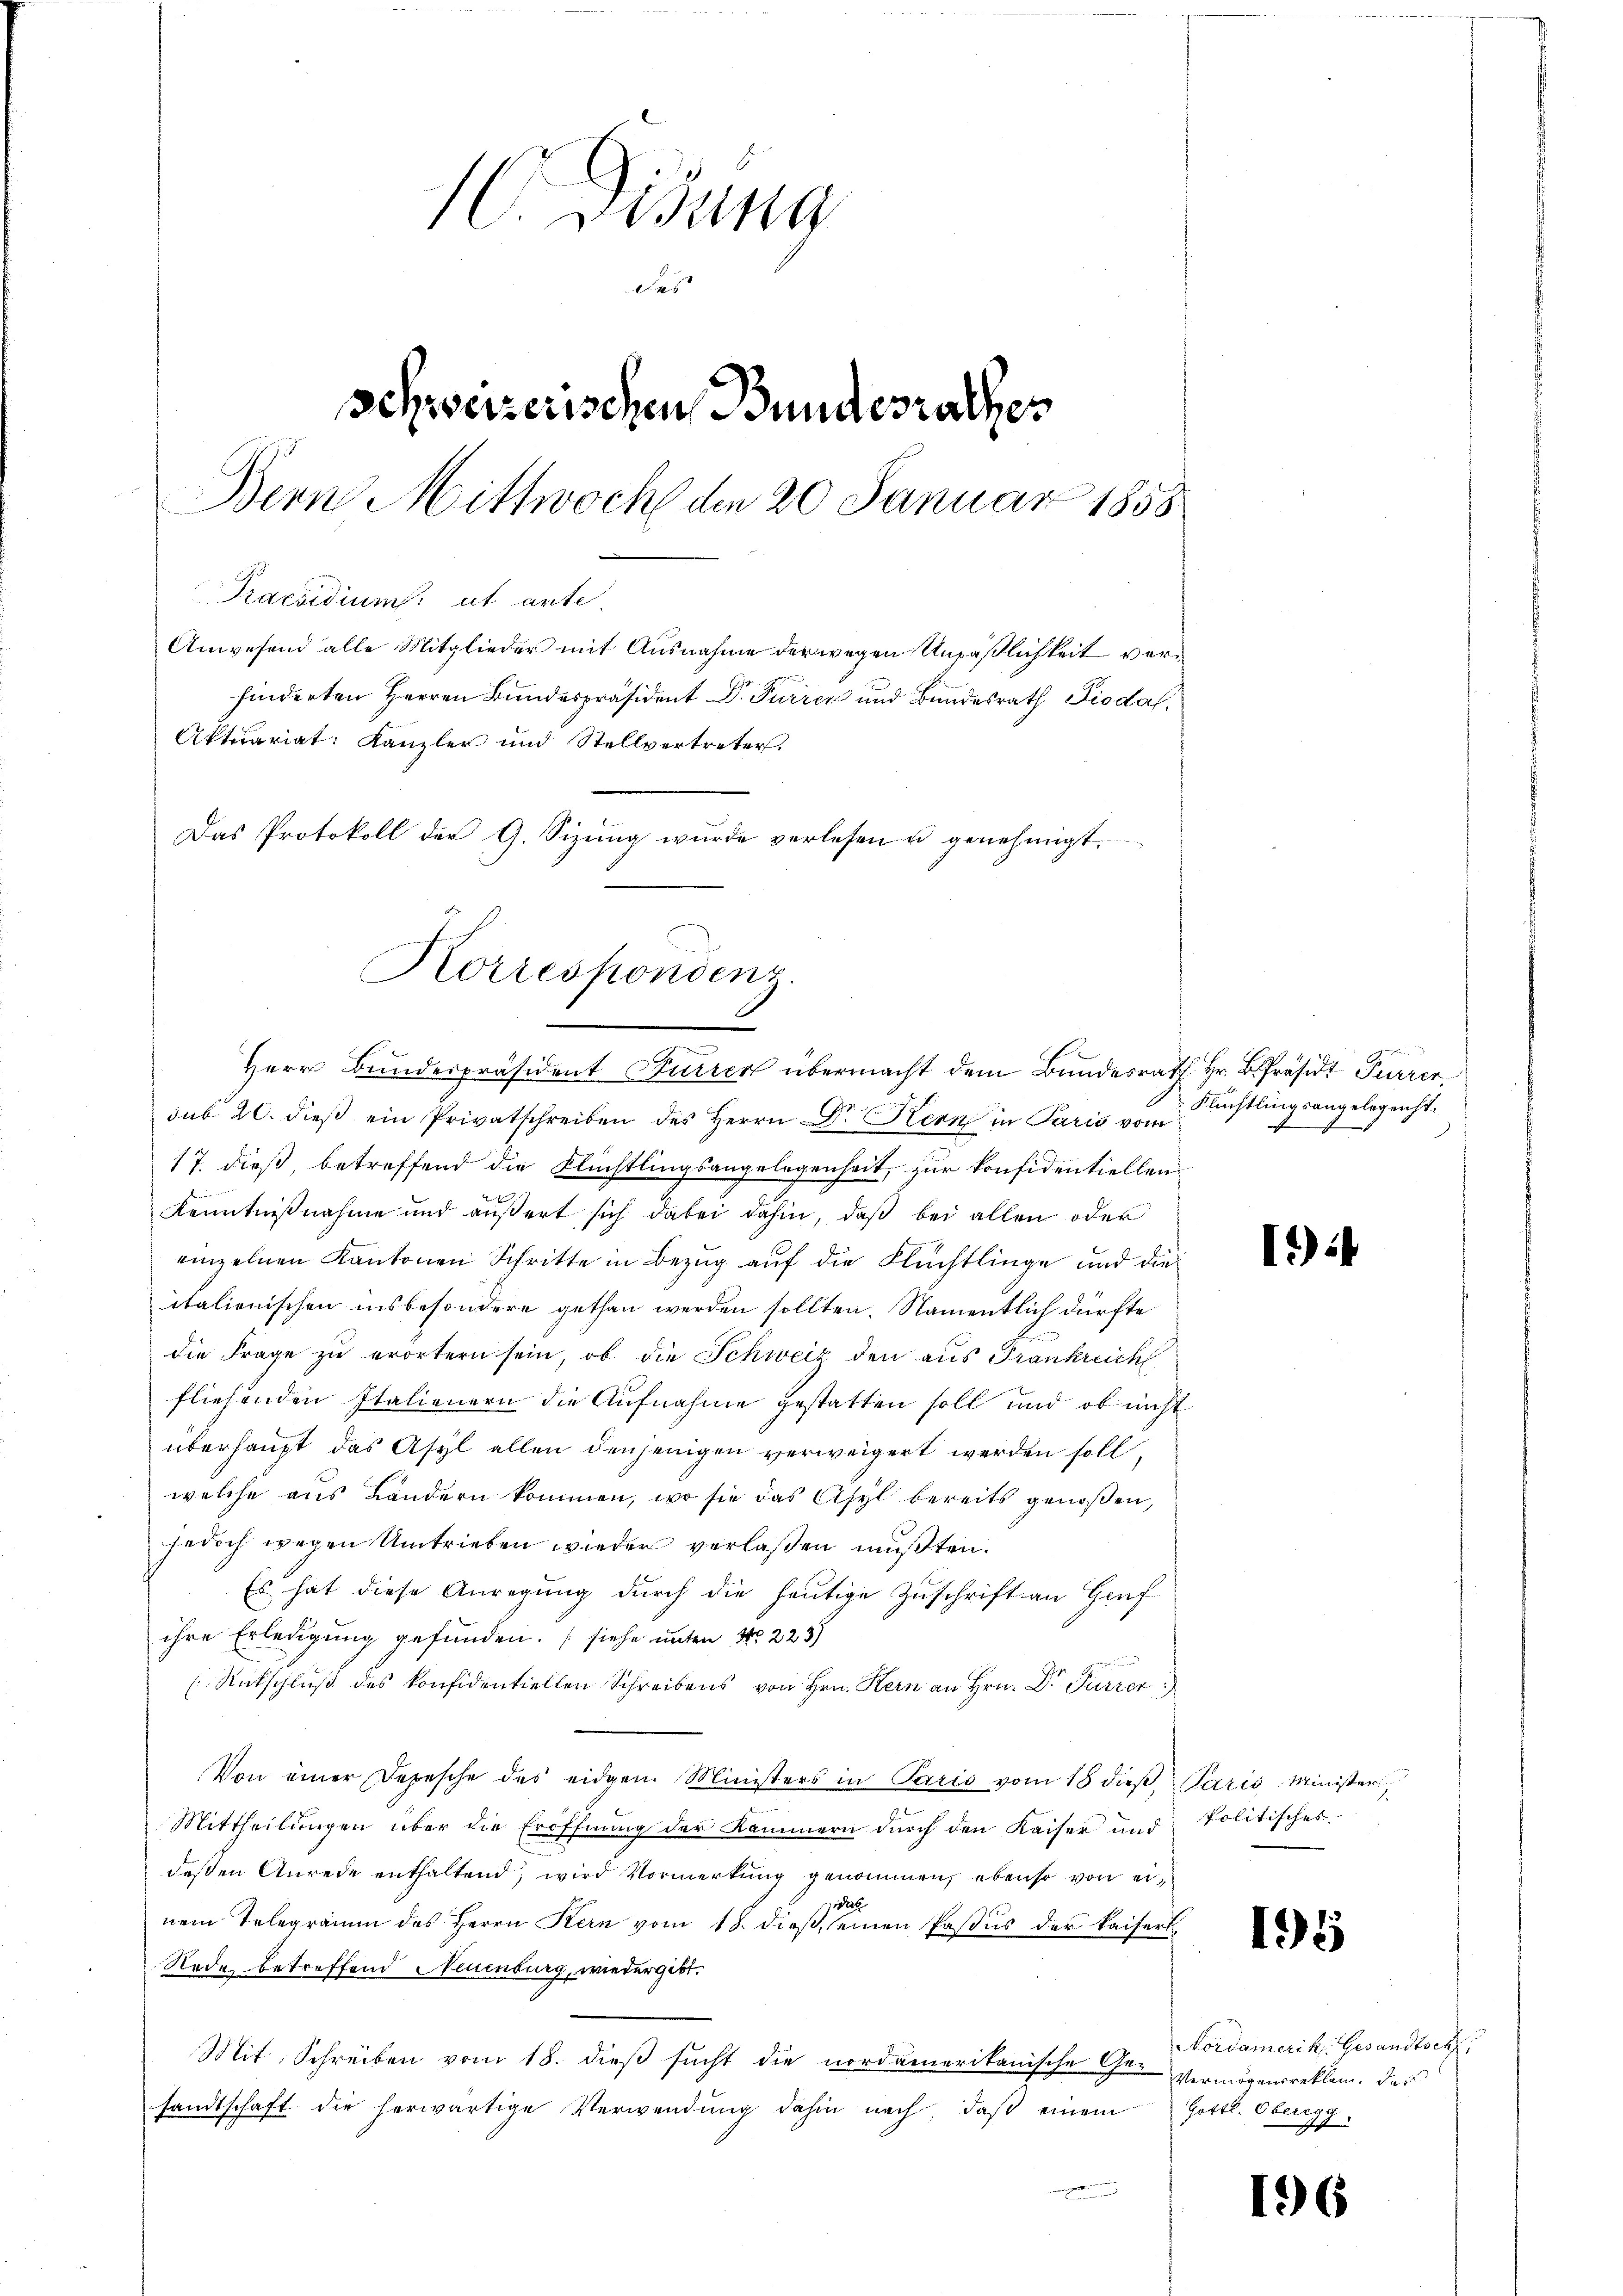
10. Disung
des
Schweizerischen Bundesrathes
Bern Mittwoch den 20 Januar 1858
Praesidium ut ante
Anwesend alle Mitglieder mit Ausnahme der wegen Unpäßlichkeit verhinderten Herren Bundespräsident Dr. Furren und Bundesrath Piodal
Aktuariat: Kanzler und Stellvertreter.
Das Protokoll der G. Sizŭng wurde verlesen u genehmigt.

Korrespondenz
a
Herr Bundespräsident Furren übermacht dem Bundesrath Hr. B. Präsidt Furrer

sub 20. dieß ein Privatschreiben des Herrn Dr. Kern in Paris vom
17. dieß, betreffend die Flüchtlingsangelegenheit, zur konfidentiellen
Kenntnißnahme und äußert sich dabei dahin, daß bei allen oder
einzelnen Kantonen Schritte in Bezug auf die Flüchtlinge und dieitalienischen insbesondere gethan werden sollten. Namentlich dürfte
die Frage zu erörtern sein, ob die Schweiz den aus Frankreich
fliesenden Italienern die Aufnahme gestatten soll und ob nicht
überhaupt das Asyl allen denjenigen verweigert werden soll,
welche aus Ländern kommen, wo sie das Asyl bereits genoßen,
jedoch wegen Umtrieben wieder verlassen mußten.
Es hat diese Anregung durch die heutige Zuschrift an Genf
ihre Erledigung gefunden. (siehe unter No 223)
(Rückschluß des konfidentiellen Schreibens von Hrn. Kern an Hrn. Dr. Purier
Von einer Depesche des eidgen. Ministers in Paris vom 18 dieβ, Paris Ministers
Mittheilungen über die Eröffnung der Kammern durch den Kaiser und Politisches
deßen Anrede enthaltend, wird Vormerkung genommen, ebenso von eia
nem Telegramm des Herrn Kern vom 18. dieβ seinen Pasus der Kaiserl¬
Rode betreffend Neuenburg, wiedergibt.
Mit Schreiben vom 18. dieß sucht die nordamerikanische Ge-
sandtschaft die herwärtige Verwendung dahin nach, daß einem
.

Flüchtlingsangelegenht.

1)

195

Nordamerik. Gesandtsch
Vermögensreklam, des
Gottl. Obergg

196